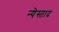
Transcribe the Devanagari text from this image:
न्येस्ताद